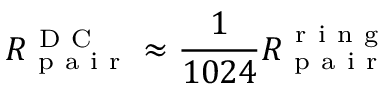
R _ { \mathrm { ~ p ~ a ~ i ~ r ~ } } ^ { \mathrm { ~ D ~ C ~ } } \approx \frac { 1 } { 1 0 2 4 } R _ { \mathrm { ~ p ~ a ~ i ~ r ~ } } ^ { \mathrm { ~ r ~ i ~ n ~ g ~ } }